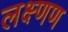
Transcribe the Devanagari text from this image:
लक्ष्णण